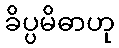
ခိပ္ပမိဓာဟု